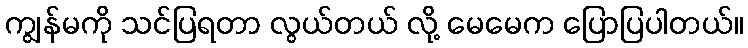
ကျွန်မကို သင်ပြရတာ လွယ်တယ် လို့ မေမေက ပြောပြပါတယ်။